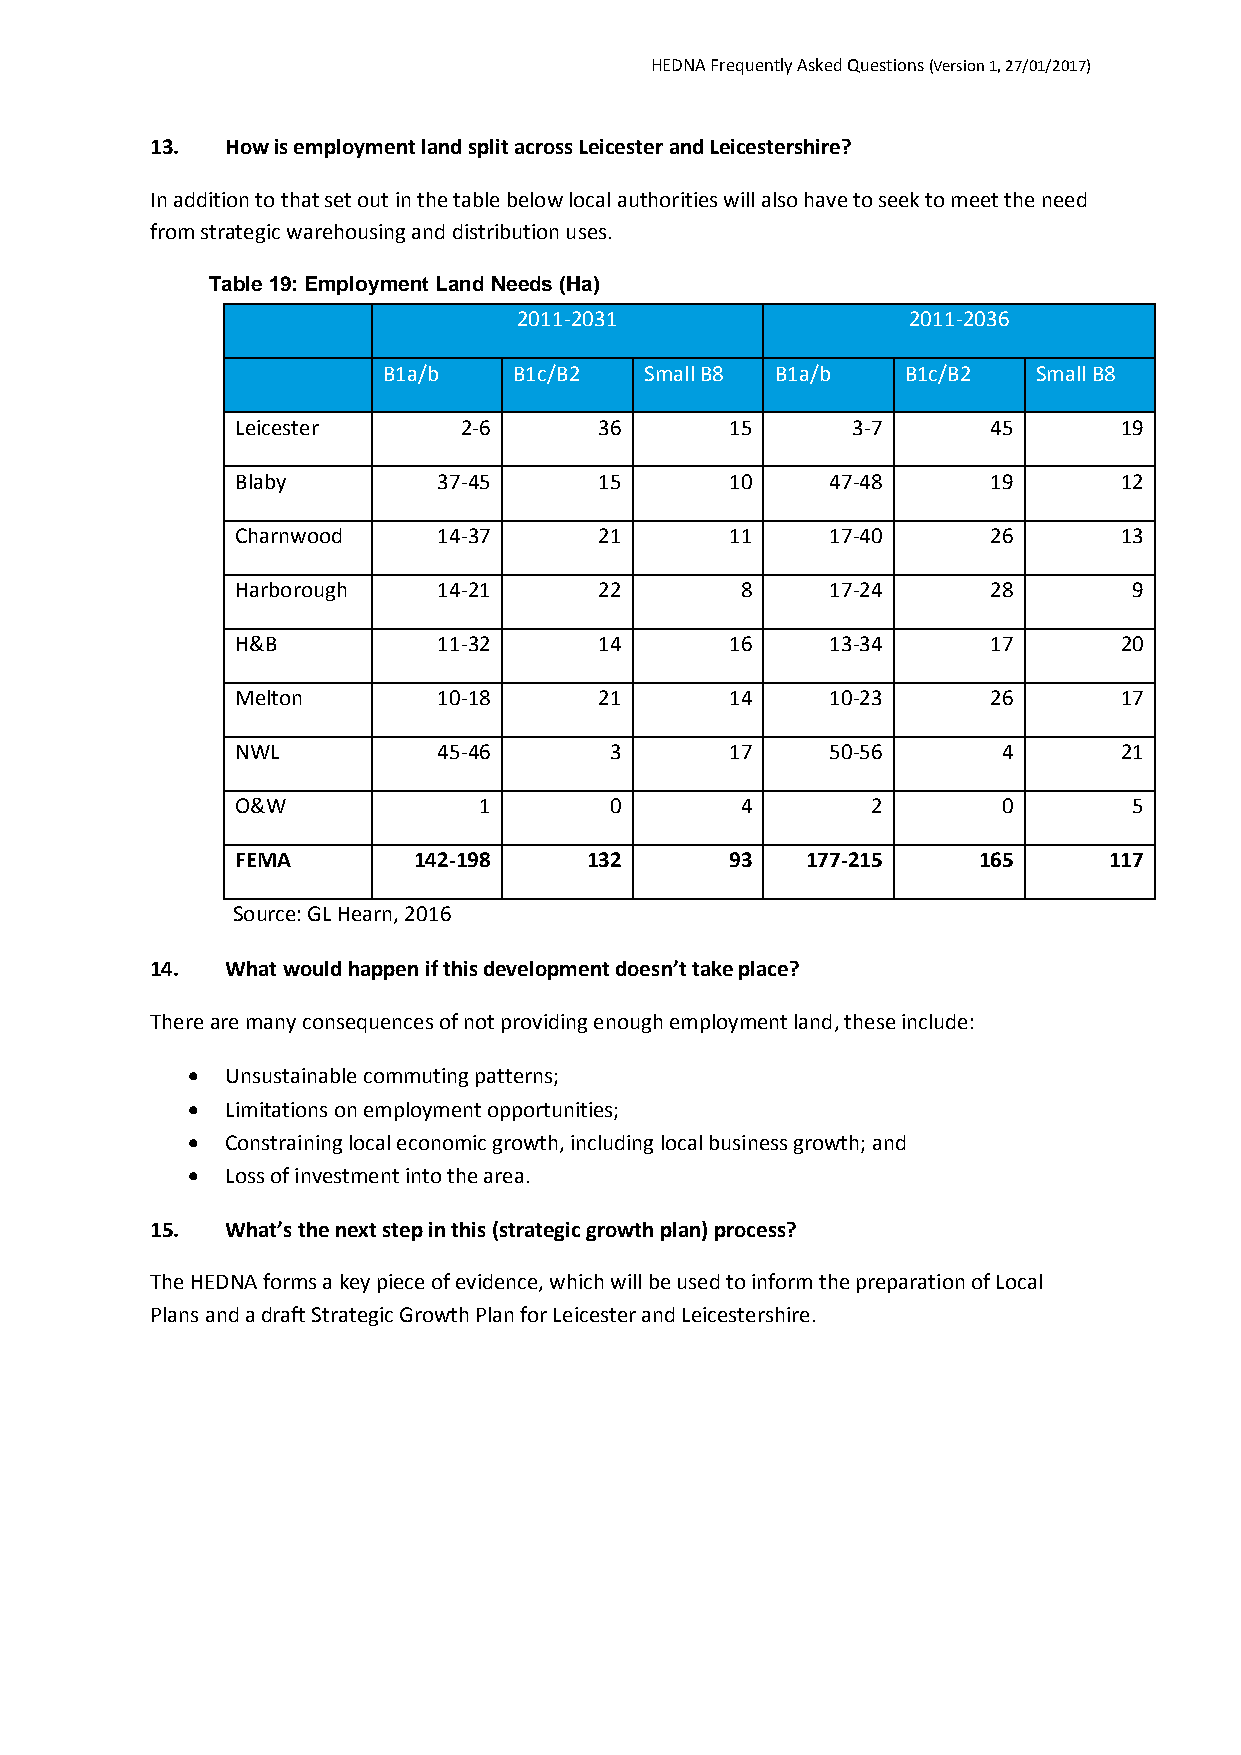
HEDNA Frequently Asked Questions (Version 1, 27/01/2017)
 13.  How is employment land split across Leicester and Leicestershire?
 In addition to that set out in the table below local authorities will also have to seek to meet the need
 from strategic warehousing and distribution uses.
 Table 19: Employment Land Needs (Ha)
 2011-2031                 2011-2036
 B1a/b    B1c/B2   Small B8 B1a/b   B1c/B2   Small B8
 Leicester     2-6       36      15      3-7       45      19
 Blaby        37-45      15      10     47-48      19      12
 Charnwood    14-37      21      11     17-40      26      13
 Harborough   14-21      22       8     17-24      28       9
 H&B          11-32      14      16     13-34      17      20
 Melton       10-18      21      14     10-23      26      17
 NWL          45-46      3       17     50-56      4       21
 O&W             1       0        4        2       0        5
 FEMA       142-198     132      93   177-215     165     117
 Source: GL Hearn, 2016
 14.  What would happen if this development doesn’t take place?
 There are many consequences of not providing enough employment land, these include:
   Unsustainable commuting patterns;
   Limitations on employment opportunities;
   Constraining local economic growth, including local business growth; and
   Loss of investment into the area.
 15.  What’s the next step in this (strategic growth plan) process?
 The HEDNA forms a key piece of evidence, which will be used to inform the preparation of Local
 Plans and a draft Strategic Growth Plan for Leicester and Leicestershire.